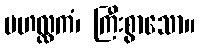
မဟလ္လကံ၊ ကြီးစွာသော။